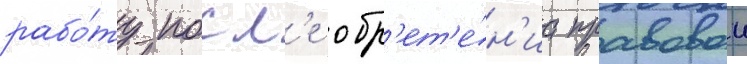
рабо́ту посл'е обр'ет'е́н'иа правовои